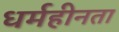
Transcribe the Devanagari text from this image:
धर्महीनता